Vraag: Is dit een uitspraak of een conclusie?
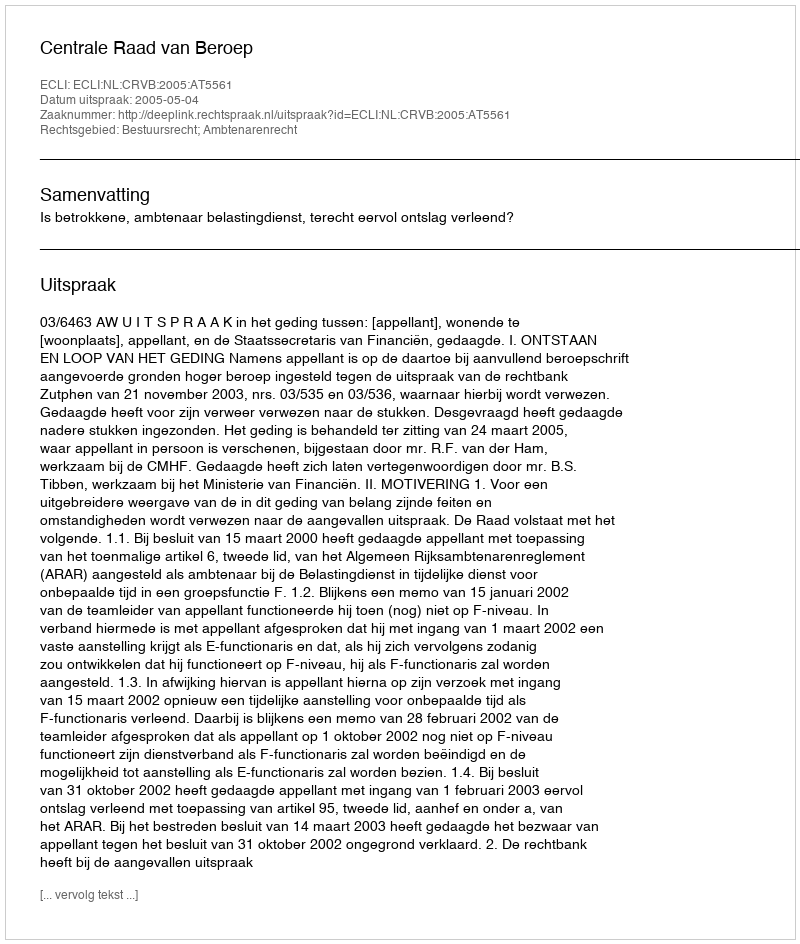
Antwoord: Uitspraak